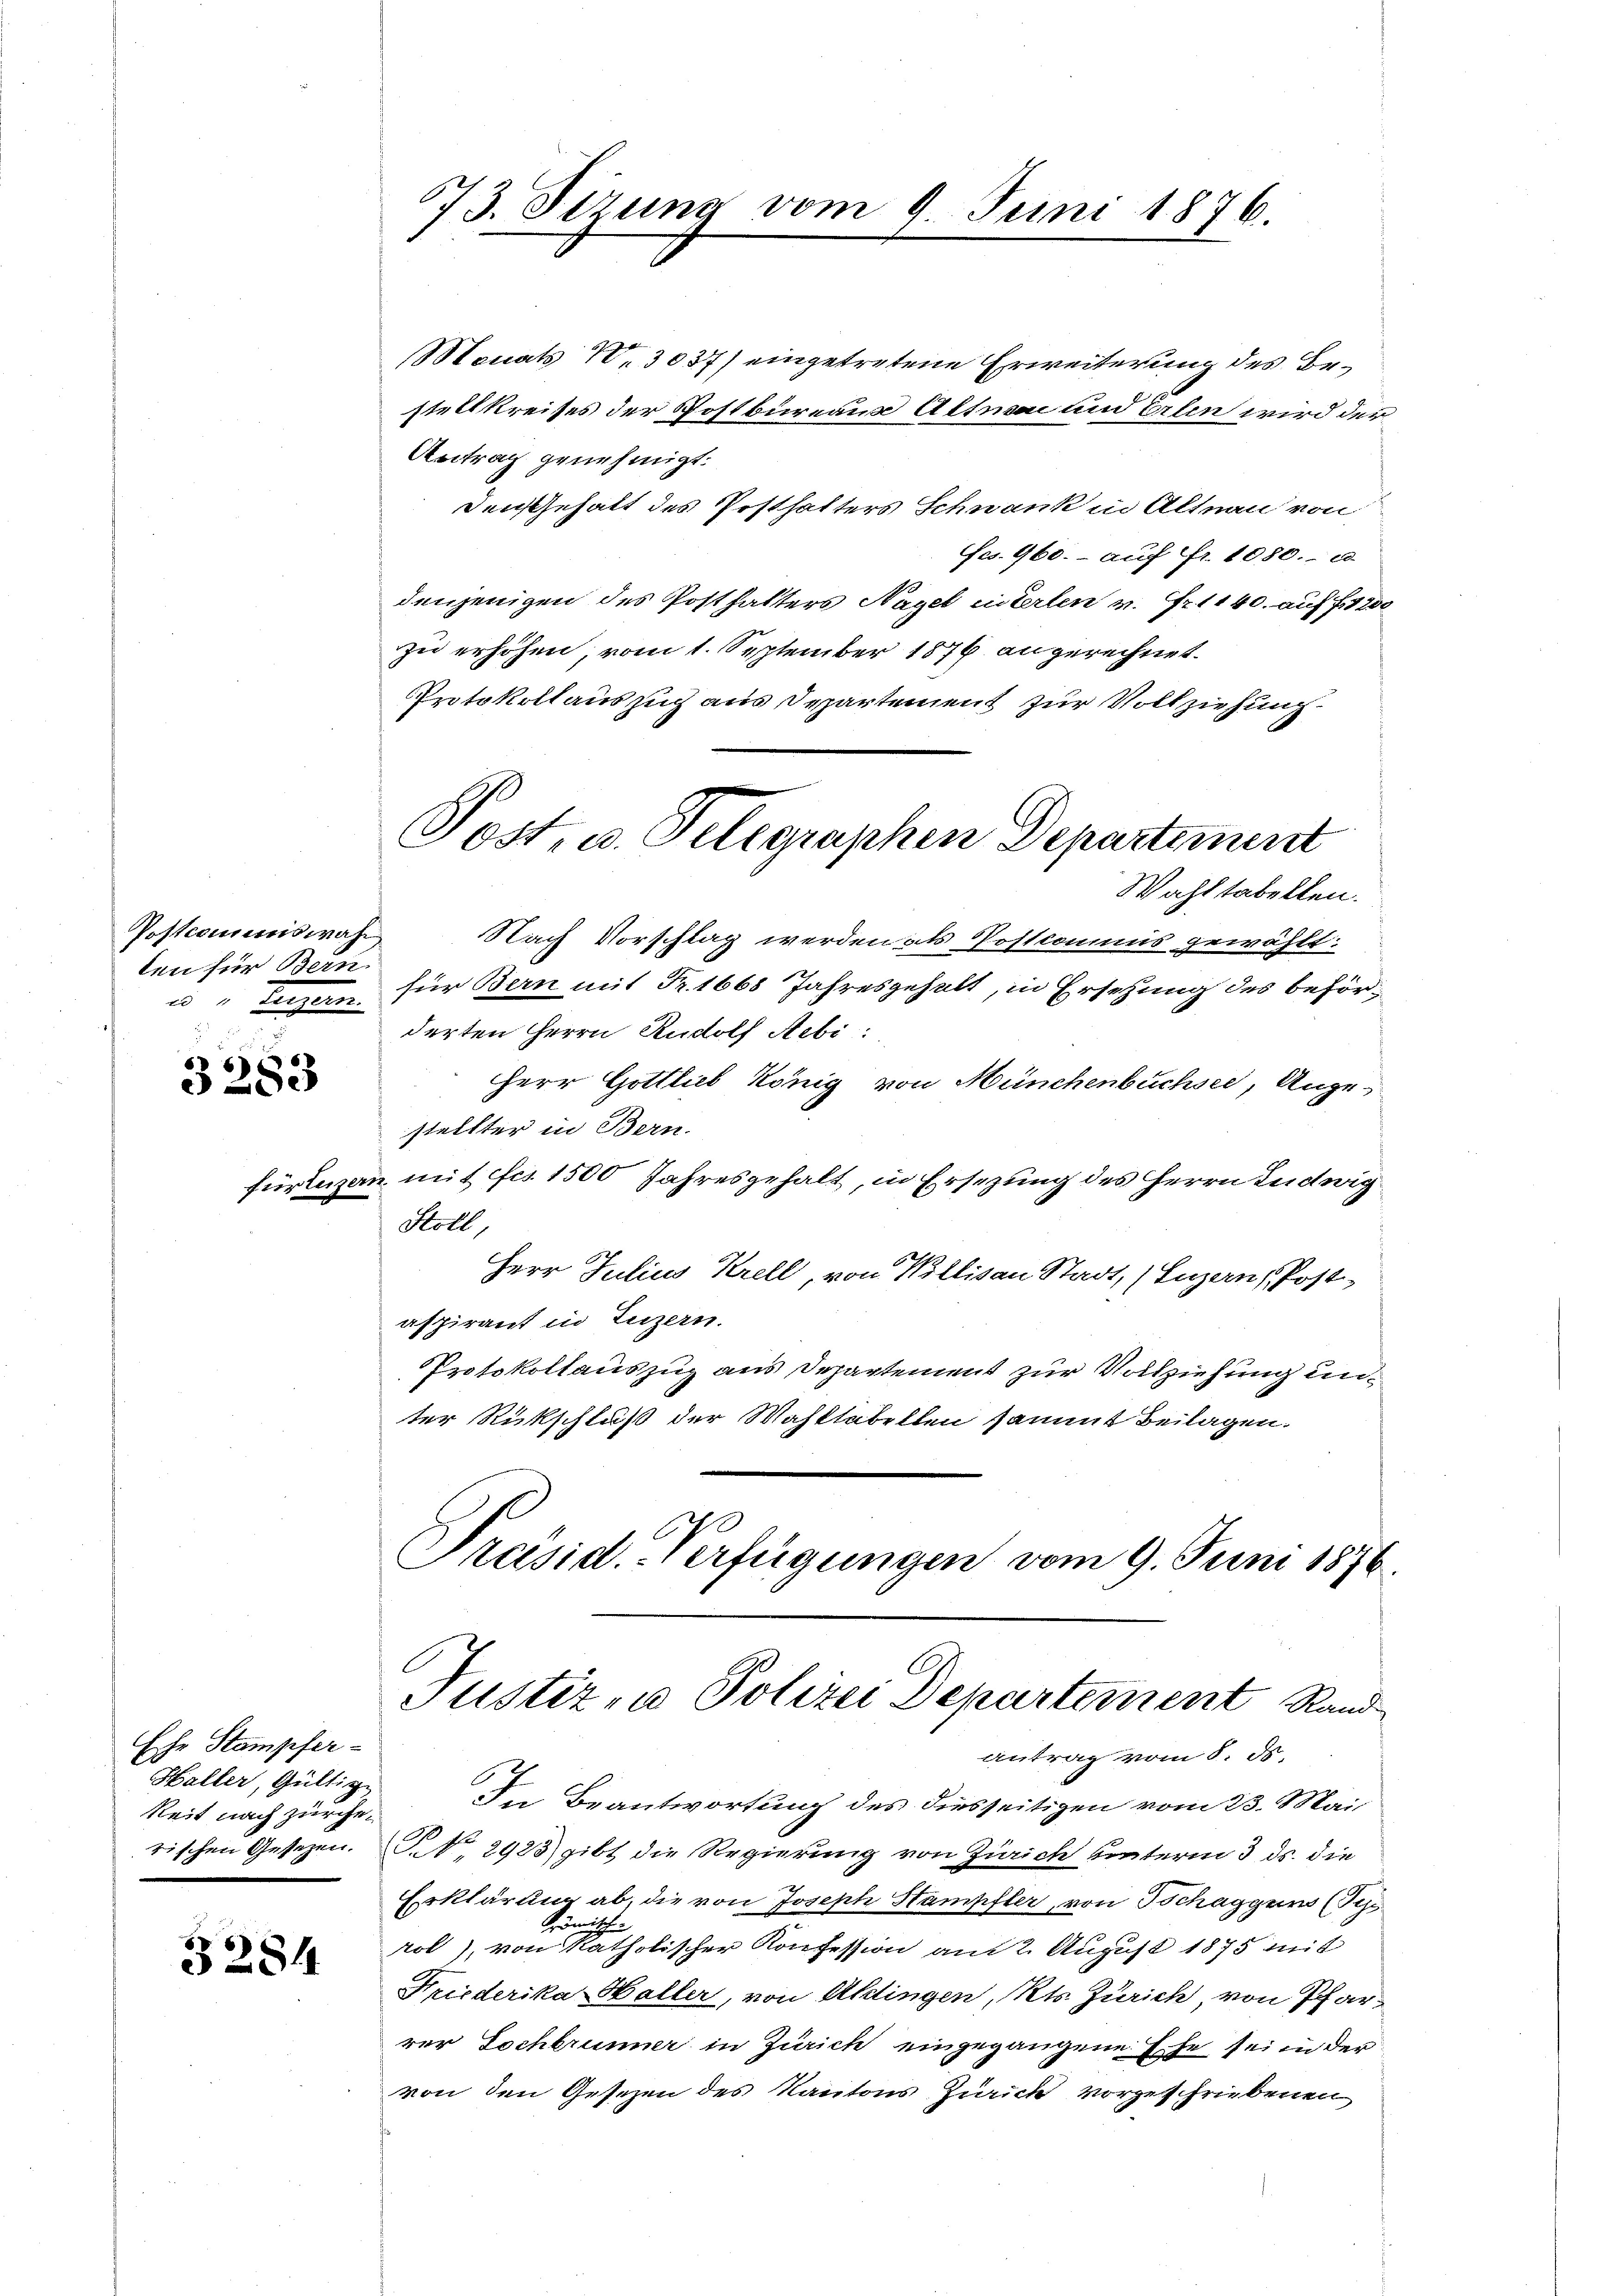
Postcommiswah
ten für Bern

3
666
de

Ehr Stampfer-
Haller, Gültige
keit nach zürcherischen Gesetzen.

3284

Monats 10,3037) eingetretene Erweiterung des Bestell Kreises der Postbureaus Altnen und Erlen wird der
Antrag genehmigt.
den Gehalt des Posthalters Schwank in Altnau von
fes. 960.- auf Fr. 1080. c.
denjenigen des Posthalters Nagel interlen v. Fr. 1140. auf 7200
zu erhöhen, vom 1. September 1876 angerechnet.
Protokollauszug aus Departement zur Vollziehung.
Wahltabellen.
Nach Vorschlag werden als Postkommis gewählt:
u " Bauern für Bern mit Fr. 1668 Jahresgehalt, in Ersehung des beförderten Herrn Rudolf Aebi:
63
HHerr Gottlieb König von Münchenbüchsee, Angestellter in Bern.
fürluzan mit fcs 1500 Jahresgehalt, in Ersezung des Herrn Ludwig
Stoll,
Herr Julius Krell, von Willisau Stadt, Luzern, Post
aspirant in Luzern.
Protokollauszug aus Departement zur Vollziehung unter Rückschluß der Wahltabellen sammt Beilagen.
O
1
Präsid.-Verfügungen vom 9. Juni 1876.

573. Sizung vom 9. Juni 1876.
1

Post, u. Telegraphen Departement

Justiz- u Polizei Departement Rand
antrag vom 8. ds.

In Beantwortung des diesseitigen vom 23. Mai
NNo. 2923) gibt die Regierung von Zürich unterm 3. ds. die
Erklärung ab, die von Joseph Stampfler, von Tschaggers (Bez
römisch
rol), von katholischer Konfession am 2. August 1875 mit
Friederika Haller, von Aklingen, Kts. Zürich, von Pfarrer Lochbrunner in Zürich eingegangene Erse sei in der
von den Gesetzen des Kantons Zürich vorgeschriebenen